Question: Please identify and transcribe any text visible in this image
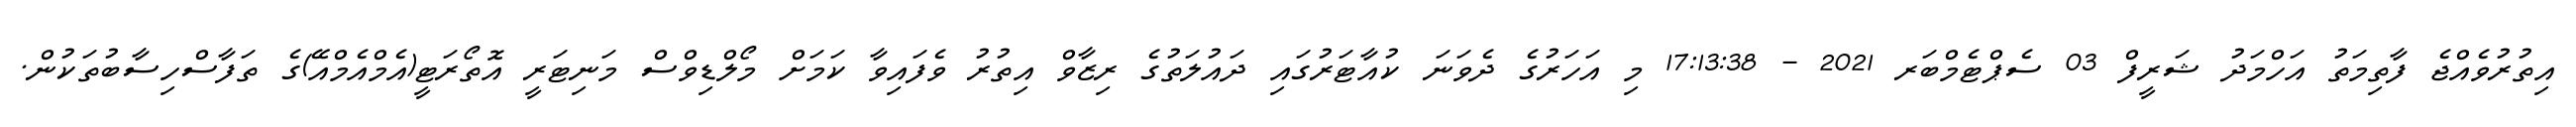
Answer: އިތުރުވެއްޖެ ފާތިމަތު އަހްމަދު ޝަރީފް 03 ސެޕްޓެމްބަރ 2021 - 17:13:38 މި އަހަރުގެ ދެވަނަ ކުއާޓަރުގައި ދައުލަތުގެ ރިޒާވް އިތުރު ވެފައިވާ ކަމަށް މޯލްޑިވްސް މަނިޓަރީ އޮތޯރަޓީ(އެމްއެމްއޭ)ގެ ތަފާސްހިސާބުތަކުން.